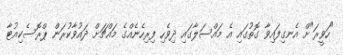
"ހަވީރަ"ށް އެނގިފައިވާ ގޮތުގައި އެ މައްސަލާގައި ދިވެހި ފިރިހެނެއްގެ މައްޗަށް ދައުވާކުރަން ޕްރޮސެކިއުޓާ